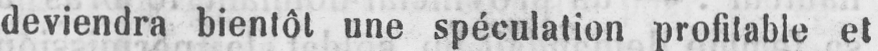
deviendra bientôt une spéculation profitable et